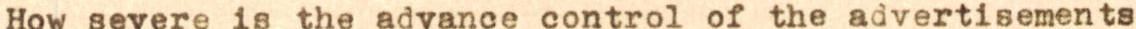
How severe is the advance control of the advertisements